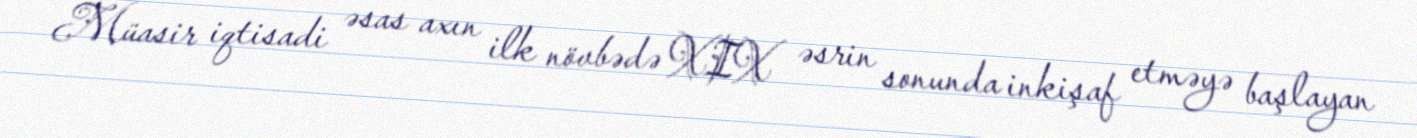
Müasir iqtisadi əsas axın ilk növbədə XIX əsrin sonunda inkişaf etməyə başlayan